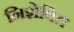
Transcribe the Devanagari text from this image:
निशेषित